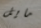
مايل